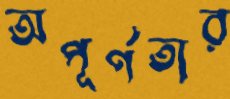
অপূর্ণতার